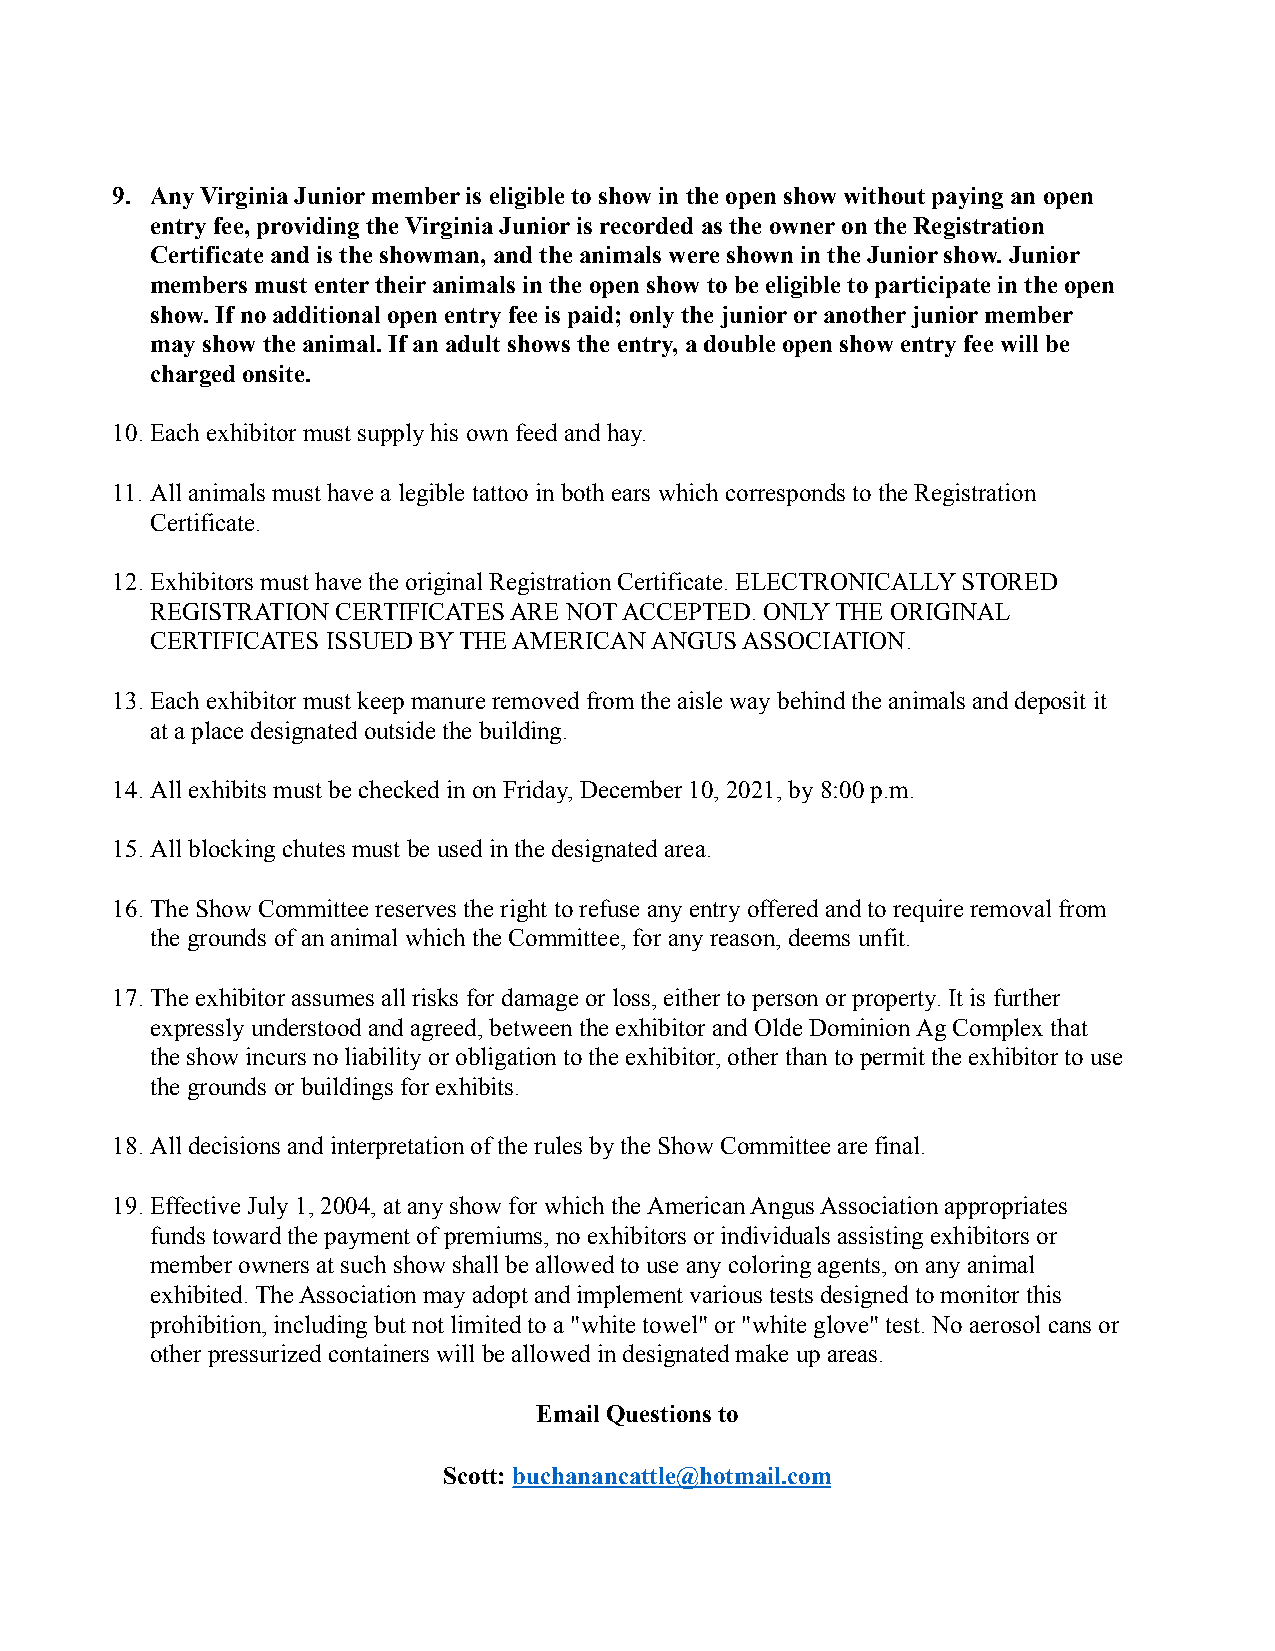
9. Any Virginia Junior member is eligible to show in the open show without paying an open
 entry fee, providing the Virginia Junior is recorded as the owner on the Registration
 Certificate and is the showman, and the animals were shown in the Junior show. Junior
 members must enter their animals in the open show to be eligible to participate in the open
 show. If no additional open entry fee is paid; only the junior or another junior member
 may show the animal. If an adult shows the entry, a double open show entry fee will be
 charged onsite.
 10.Each exhibitor must supply his own feed and hay.
 11. All animals must have a legible tattoo in both ears which corresponds to the Registration
 Certificate.
 12.Exhibitors must have the original Registration Certificate. ELECTRONICALLY STORED
 REGISTRATION CERTIFICATES ARE NOT ACCEPTED. ONLY THE ORIGINAL
 CERTIFICATES ISSUED BY THE AMERICAN ANGUS ASSOCIATION.
 13.Each exhibitor must keep manure removed from the aisle way behind the animals and deposit it
 at a place designated outside the building.
 14.All exhibits must be checked in on Friday, December 10, 2021, by 8:00 p.m.
 15.All blocking chutes must be used in the designated area.
 16.The Show Committee reserves the right to refuse any entry offered and to require removal from
 the grounds of an animal which the Committee, for any reason, deems unfit.
 17.The exhibitor assumes all risks for damage or loss, either to person or property. It is further
 expressly understood and agreed, between the exhibitor and Olde Dominion Ag Complex that
 the show incurs no liability or obligation to the exhibitor, other than to permit the exhibitor to use
 the grounds or buildings for exhibits.
 18.All decisions and interpretation of the rules by the Show Committee are final.
 19.Effective July 1, 2004, at any show for which the American Angus Association appropriates
 funds toward the payment of premiums, no exhibitors or individuals assisting exhibitors or
 member owners at such show shall be allowed to use any coloring agents, on any animal
 exhibited. The Association may adopt and implement various tests designed to monitor this
 prohibition, including but not limited to a "white towel" or "white glove" test. No aerosol cans or
 other pressurized containers will be allowed in designated make up areas.
 Email Questions to
 Scott:buchanancattle@hotmail.com